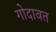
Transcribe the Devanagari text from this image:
गोदावत